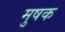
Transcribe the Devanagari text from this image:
मुषक